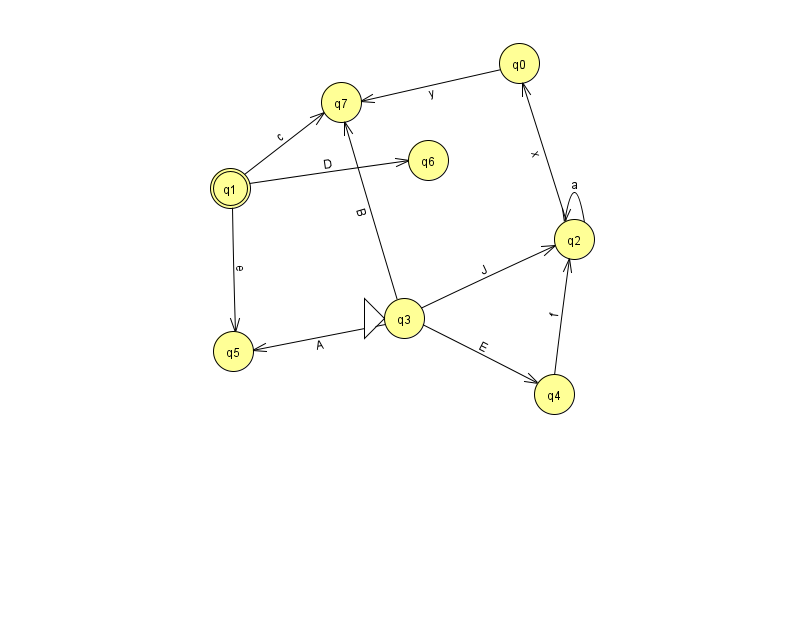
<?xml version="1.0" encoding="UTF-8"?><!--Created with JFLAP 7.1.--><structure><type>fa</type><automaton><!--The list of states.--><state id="0" name="q0"><x>519.0</x><y>50.0</y></state><state id="1" name="q1"><x>230.0</x><y>175.0</y><final/></state><state id="2" name="q2"><x>574.0</x><y>226.0</y></state><state id="3" name="q3"><x>404.0</x><y>305.0</y><initial/></state><state id="4" name="q4"><x>554.0</x><y>381.0</y></state><state id="5" name="q5"><x>233.0</x><y>338.0</y></state><state id="6" name="q6"><x>428.0</x><y>147.0</y></state><state id="7" name="q7"><x>341.0</x><y>89.0</y></state><!--The list of transitions.--><transition><from>2</from><to>2</to><read>a</read></transition><transition><from>3</from><to>5</to><read>A</read></transition><transition><from>0</from><to>7</to><read>y</read></transition><transition><from>3</from><to>2</to><read>J</read></transition><transition><from>3</from><to>4</to><read>E</read></transition><transition><from>3</from><to>7</to><read>B</read></transition><transition><from>4</from><to>2</to><read>f</read></transition><transition><from>1</from><to>5</to><read>e</read></transition><transition><from>1</from><to>6</to><read>D</read></transition><transition><from>1</from><to>7</to><read>c</read></transition><transition><from>2</from><to>0</to><read>x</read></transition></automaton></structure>